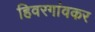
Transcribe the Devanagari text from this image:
हिवरगांवकर